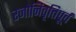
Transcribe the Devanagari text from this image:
रजोनिवृत्तिपूर्व